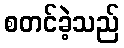
စတင်ခဲ့သည်